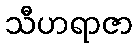
သီဟရာဇာ